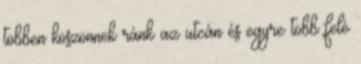
többen köszönnek ránk az utcán és egyre több felé